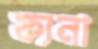
ফ্যনা